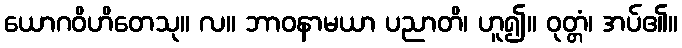
ယောဂဝိဟိတေသု။ လ။ ဘာဝနာမယာ ပညာတိ၊ ဟူ၍။ ဝုတ္တံ၊ အပ်၏။